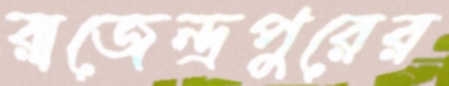
রাজেন্দ্রপুরের